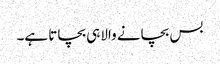
بس بچانے والاہی بچاتا ہے۔